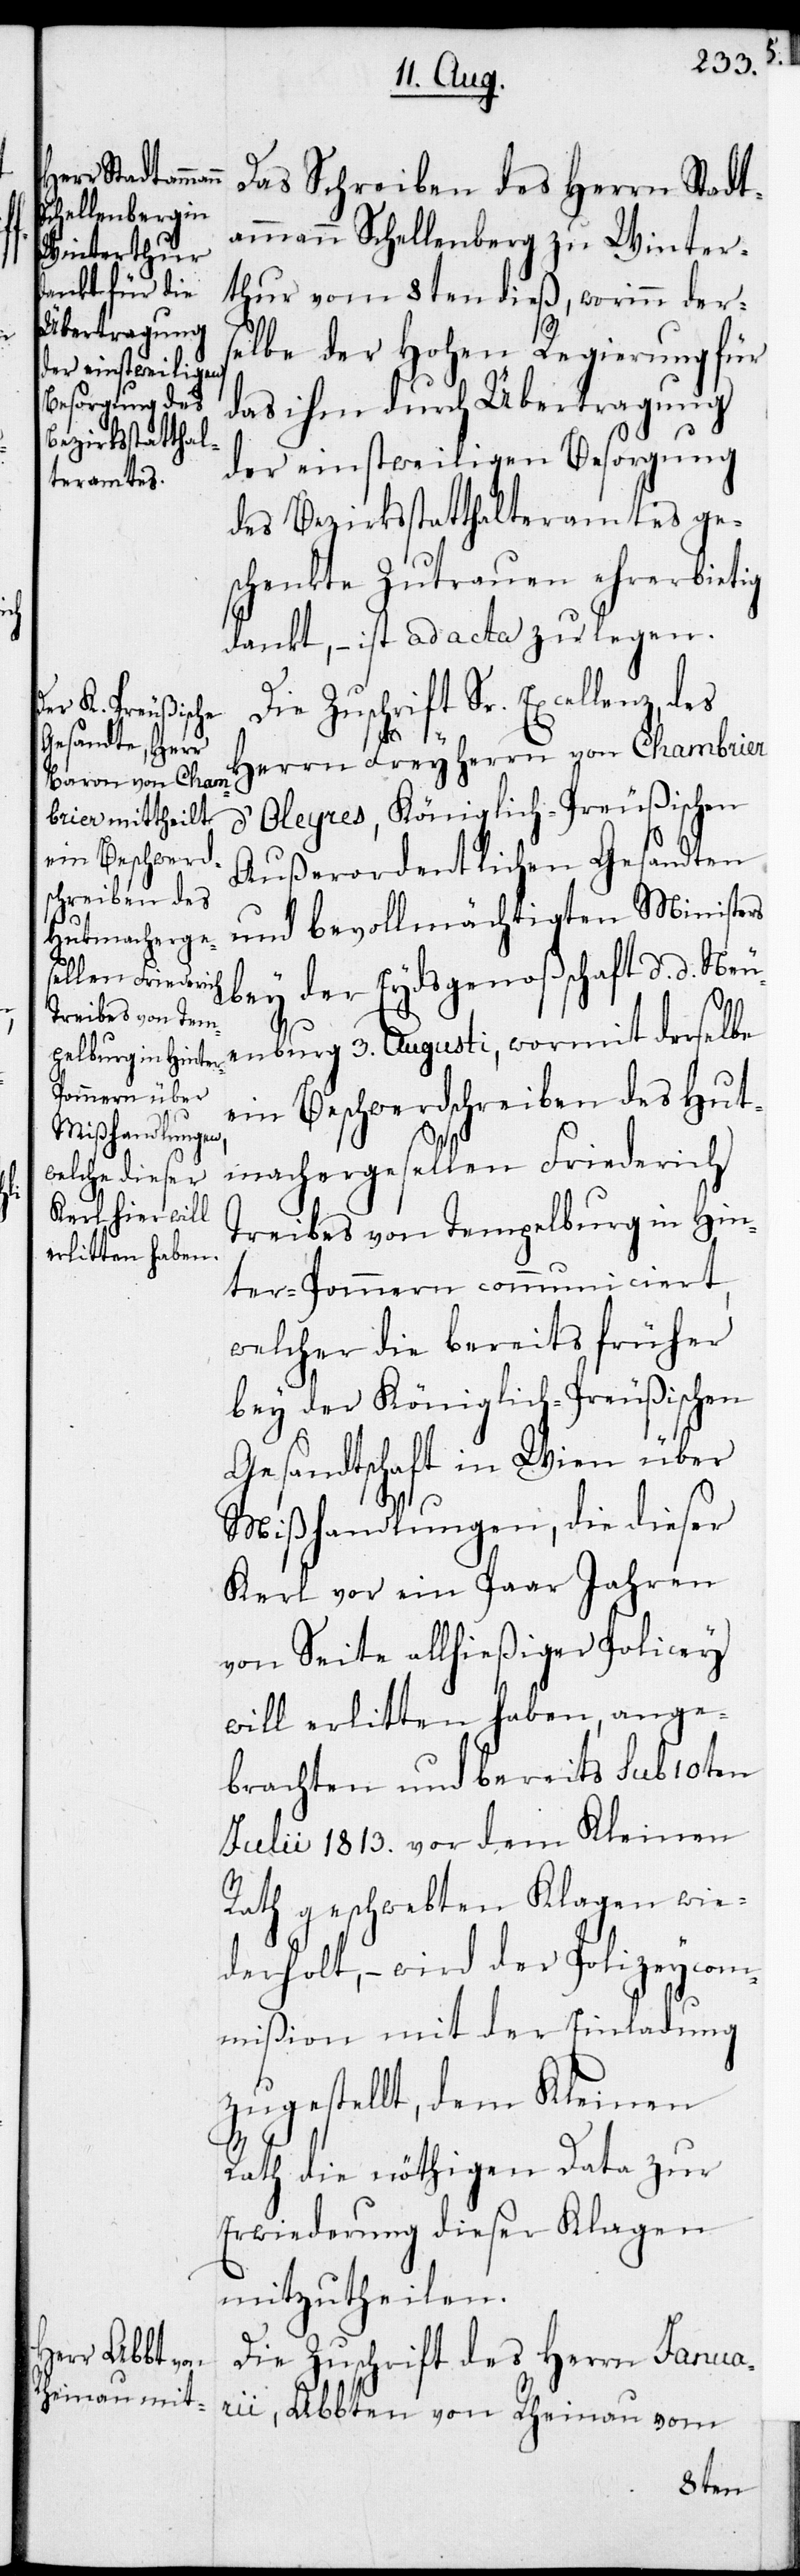
Das Schreiben des Herrn Stadt¬
ammann Schellenberg zu Winter¬
thur vom 8ten dieß, worinn der¬
selbe der Hohen Regierung für
das ihm durch Übertragung
der einstweiligen Besorgung
des Bezirksstatthalteramtes ge¬
schenkte Zutrauen ehrerbietig
dankt, – ist ad acta zu legen.
Die Zuschrift Sr. Excellenz, des
Herrn Freyherrn von Chambrier
d’Oleyres, Königlich-Preußischen
außerordentlichen Gesandten
und bevollmächtigten Ministers
bey der Eydsgenoßschaft d. d. Ne¬
uenburg 3. Augusti, wormit derselbe
ein Beschwerdschreiben des Hut¬
machergesellen Friederich
Treibes von Tempelburg in Hin¬
ter-Pommern communiciert,
welcher die bereits früher
bey der Königlich-Preußischen
Gesandtschaft in Wien über
Mißhandlungen, die dieser
Kerl vor ein Paar Jahren
von Seite allhießiger Policey
will erlitten haben, ange¬
brachten und bereits sub 10ten
Julii 1813. vor dem Kleinen
Rath geschwebten Klagen wie¬
derholt, – wird der Polizeycom¬
mißion mit der Einladung
zugestellt, dem Kleinen
Rath die nöthigen Data zur
Erwiederung dieser Klagen
mitzutheilen.
Die Zuschrift des Herrn Januar¬
ii, Abbten von Rheinau vom